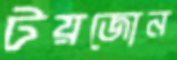
টয়জোন